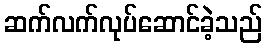
ဆက်လက်လုပ်ဆောင်ခဲ့သည်